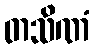
တသိဏံ